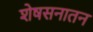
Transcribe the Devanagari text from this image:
शेषसनातन